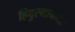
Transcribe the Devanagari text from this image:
हिदुस्थानच्या